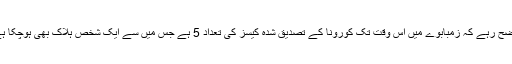
واضح رہے کہ زمبابوے میں اس وقت تک کورونا کے تصدیق شدہ کیسز کی تعداد 5 ہے جس میں سے ایک شخص ہلاک بھی ہوچکا ہے۔